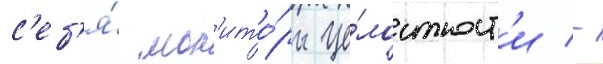
с'еб'я́ мон'ито́ры це́лостност'и -